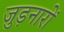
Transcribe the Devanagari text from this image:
जुड़नारों